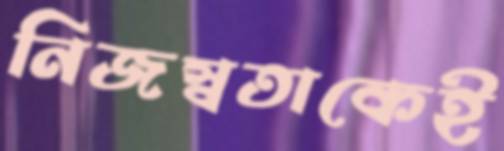
নিজস্বতাকেই